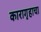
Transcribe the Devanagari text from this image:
कारागृहाचा